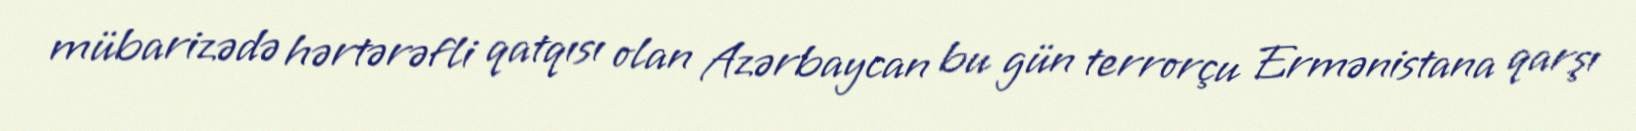
mübarizədə hərtərəfli qatqısı olan Azərbaycan bu gün terrorçu Ermənistana qarşı